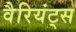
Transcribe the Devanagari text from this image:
वैरियंट्स